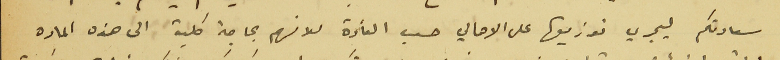
سعادتكم ليجري توزيعها على الاهالي حسب العادة لانهم بحاجة كلية الى هذه الماده